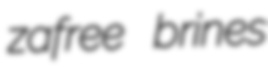
zafree brines